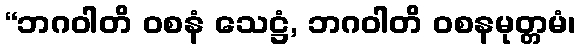
“ဘဂဝါတိ ဝစနံ သေဋ္ဌံ, ဘဂဝါတိ ဝစနမုတ္တမံ၊